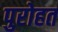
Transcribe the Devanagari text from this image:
पुरोहत